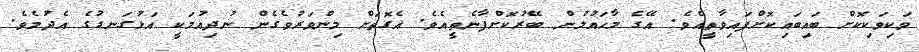
ވަކިވަކިކޮށް ބައިބައިކޮށްފައިވާތީއެވެ. އޭގެ މާހައުލުން ބޭރުކޮށްފާނެތީއެވެ. އެގޮތަށް މިންވަރުވެގެން ނުދިއުމަކީ އަޅުގަނޑުގެ އެދުމެވެ.